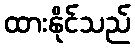
ထားနိုင်သည်